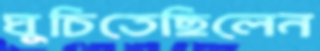
ঘুচিতেছিলেন